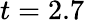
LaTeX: t=2.7